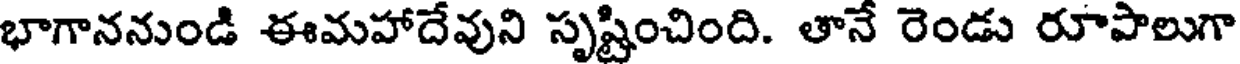
భాగాననుండి ఈమహాదేవుని సృష్టించింది. తానే రెండు రూపాలుగా